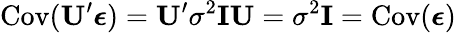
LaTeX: \mathrm{Cov}(\mathbf{U}^{\prime}\boldsymbol\epsilon)=\mathbf{U}^{\prime}\sigma^{2}\mathbf{I}\mathbf{U}=\sigma^{2}\mathbf{I}=\mathrm{Cov}(\boldsymbol\epsilon)